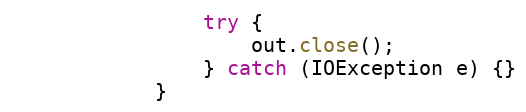
Language: Java
				try {
					out.close();
				} catch (IOException e) {}
			}